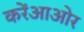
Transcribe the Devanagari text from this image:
करेंआओर